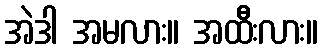
အဲဒါ အမလား။ အထီးလား။